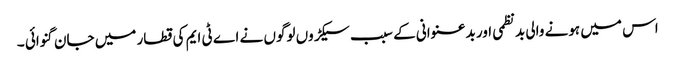
اس میں ہونے والی بدنظمی اور بدعنوانی کے سبب سیکڑوں لوگوں نے اے ٹی ایم کی قطار میں جان گنوائی ۔